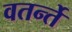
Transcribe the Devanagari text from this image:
वतर्न्ते